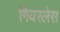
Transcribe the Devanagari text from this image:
गियरलेस